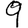
Digit: 9